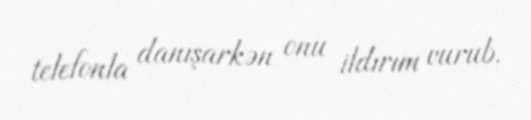
telefonla danışarkən onu ildırım vurub.